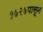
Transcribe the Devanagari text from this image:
१७२७पासून